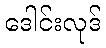
ဒေါင်းလုဒ်